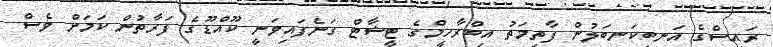
ރައީސްގެ އަނބިކަނބަލުން ފާތިމަތު އިބްރާހީމްގެ ޓީޝާޓް ގަނެފައިވަނީ ކޫއްޑޫގެ ފަރާތުން ކަމަށް ވެސް